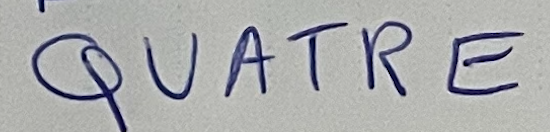
QUATRE